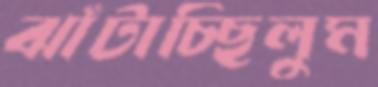
ঝাঁটাচ্ছিলুম